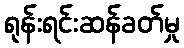
ရုန်းရင်းဆန်ခတ်မှု